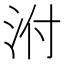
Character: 泭